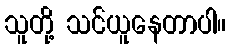
သူတို့ သင်ယူနေတာပါ။